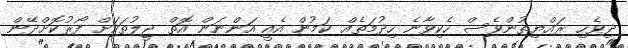
ދިވެހި ރައްޔިތުންވެސް ހެކިވާނެ ހިދުމަތެއް ކަމުން އެއީ އަންނަން އޮތް ޖީލުތަކަށް ފޯރުކޮށްދޭން